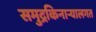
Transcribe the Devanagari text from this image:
समुद्रकिनाऱ्यालगत